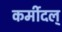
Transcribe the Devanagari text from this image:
कर्मीदल्